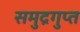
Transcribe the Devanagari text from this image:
समुद्रगुप्‍त